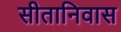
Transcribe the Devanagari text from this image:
सीतानिवास